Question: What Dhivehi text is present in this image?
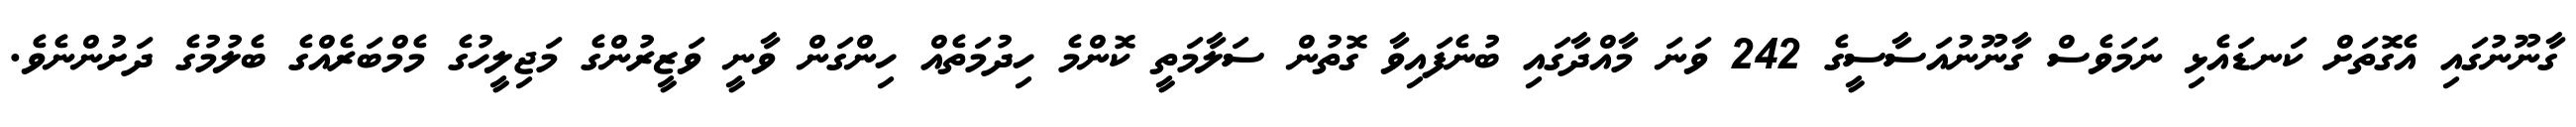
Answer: ގާނޫނުގައި އެގޮތަށް ކަނޑައެޅި ނަމަވެސް ގާނޫނުއަސާސީގެ 242 ވަނަ މާއްދާގައި ބުނެފައިވާ ގޮތުން ސަލާމަތީ ކޮންމެ ހިދުމަތެއް ހިންގަން ވާނީ ވަޒީރުންގެ މަޖިލީހުގެ މެމްބަރެއްގެ ބެލުމުގެ ދަށުންނެވެ.